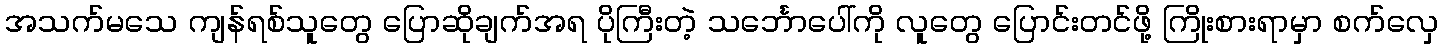
အသက်မသေ ကျန်ရစ်သူတွေ ပြောဆိုချက်အရ ပိုကြီးတဲ့ သင်္ဘောပေါ်ကို လူတွေ ပြောင်းတင်ဖို့ ကြိုးစားရာမှာ စက်လှေ